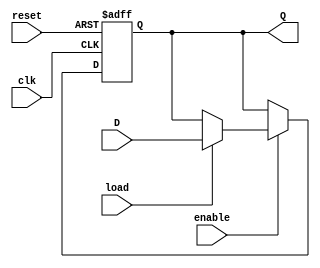
module ControlRegister (
    input wire clk,          // Clock signal
    input wire reset,        // Reset signal
    input wire load,         // Load signal
    input wire enable,       // Enable signal
    input wire [3:0] D,      // 4-bit Data input
    output reg [3:0] Q       // 4-bit output (stored value)
);

// Sequential logic for the control register
always @(posedge clk or posedge reset) begin
    if (reset) begin
        // Reset condition: Clear the register to zero
        Q <= 4'b0000;
    end else if (enable) begin
        // Load condition: Load data into the register when enabled
        if (load) begin
            Q <= D;
        end
        // If load is not asserted, retain the current value
    end
    // If enable is not asserted, retain the current value
end

endmodule